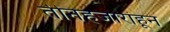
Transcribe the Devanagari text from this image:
तीनहजारांहून